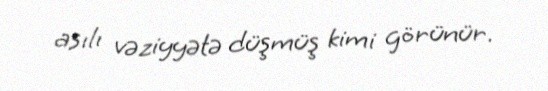
asılı vəziyyətə düşmüş kimi görünür.